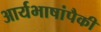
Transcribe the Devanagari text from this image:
आर्यभाषांपैकी